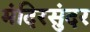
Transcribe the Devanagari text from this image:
मंदिरसुंदर